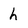
Character: h